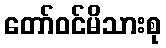
တော်ဝင်မိသားစု